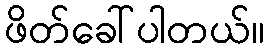
ဖိတ်ခေါ်ပါတယ်။